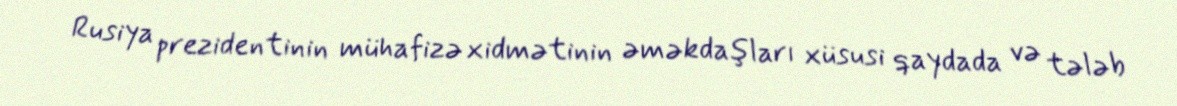
Rusiya prezidentinin mühafizə xidmətinin əməkdaşları xüsusi qaydada və tələb